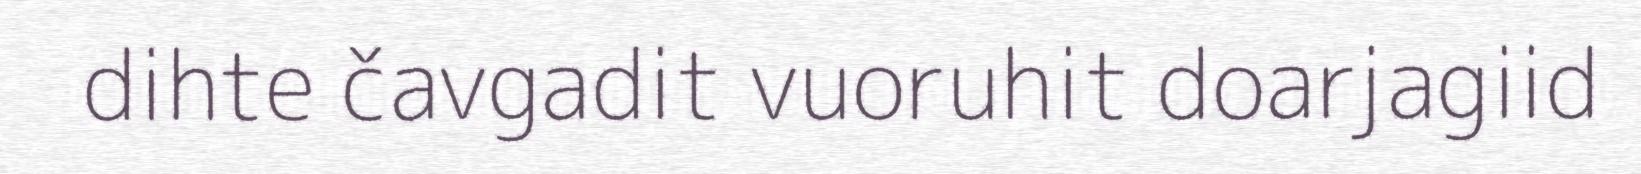
dihte čavgadit vuoruhit doarjagiid